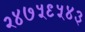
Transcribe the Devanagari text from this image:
२४७५९५४३